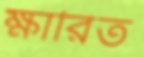
ক্ষারিত